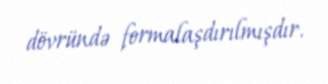
dövründə formalaşdırılmışdır.